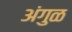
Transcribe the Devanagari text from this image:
अंगुळ